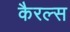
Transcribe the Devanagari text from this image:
कैरल्स